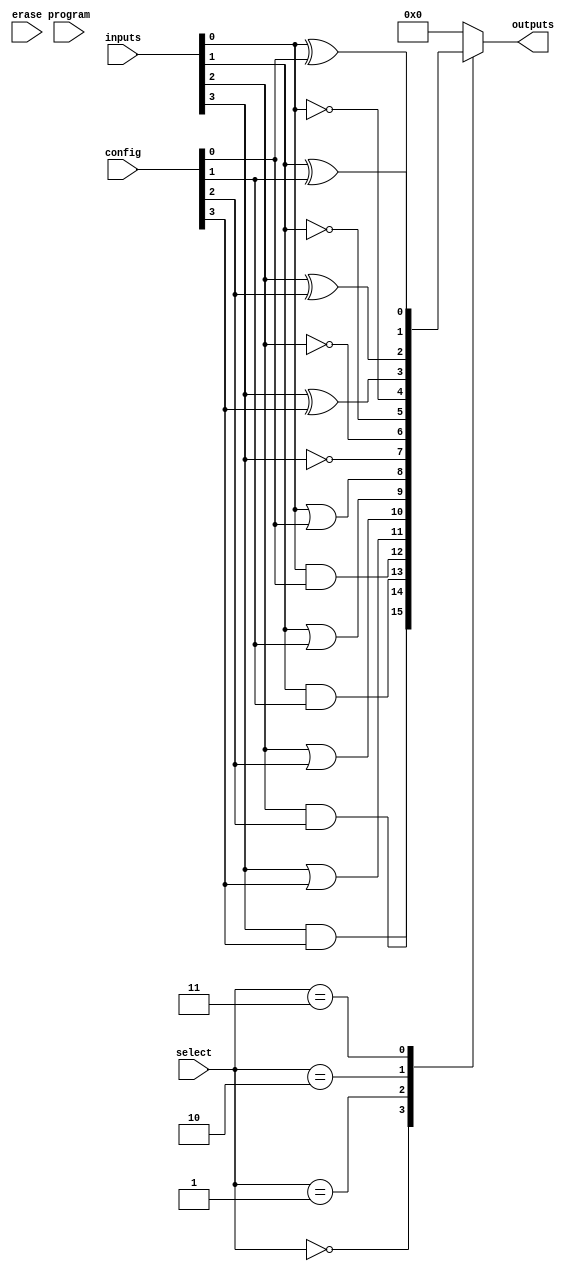
module CLB (
    input wire [15:0] inputs,          // 16 input lines
    input wire [3:0] select,           // Select lines for multiplexers
    input wire [3:0] config,           // Configuration for logic functions
    input wire program,                 // Programming mode signal
    input wire erase,                   // Erase signal
    output wire [3:0] outputs           // 4 output lines
);

// Internal signals
wire [15:0] and_out, or_out, not_out, xor_out;
wire [3:0] mux_out;

// AND gates
generate
    genvar i;
    for (i = 0; i < 16; i = i + 1) begin : and_gates
        assign and_out[i] = inputs[i] & config[i]; // Configurable AND
    end
endgenerate

// OR gates
generate
    for (i = 0; i < 16; i = i + 1) begin : or_gates
        assign or_out[i] = inputs[i] | config[i]; // Configurable OR
    end
endgenerate

// NOT gates
generate
    for (i = 0; i < 16; i = i + 1) begin : not_gates
        assign not_out[i] = ~inputs[i]; // NOT operation
    end
endgenerate

// XOR gates
generate
    for (i = 0; i < 16; i = i + 1) begin : xor_gates
        assign xor_out[i] = inputs[i] ^ config[i]; // Configurable XOR
    end
endgenerate

// Multiplexer to select output based on select lines
always @(*) begin
    case (select)
        4'b0000: mux_out = and_out[3:0]; // Select AND outputs
        4'b0001: mux_out = or_out[3:0];  // Select OR outputs
        4'b0010: mux_out = not_out[3:0]; // Select NOT outputs
        4'b0011: mux_out = xor_out[3:0]; // Select XOR outputs
        // Add more cases as needed for other configurations
        default: mux_out = 4'b0000;       // Default case
    endcase
end

// Output assignment
assign outputs = mux_out;

// Programming and Erasing Logic
always @(posedge program or posedge erase) begin
    if (erase) begin
        // Logic to erase the configuration
        // Reset config or clear fuses/anti-fuses
    end else if (program) begin
        // Logic to program the configuration
        // Set config based on external programming signals
    end
end

endmodule